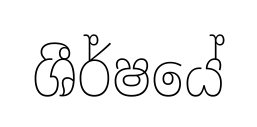
ශීර්ෂයේ